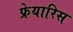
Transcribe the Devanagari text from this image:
फ्रेयारिस